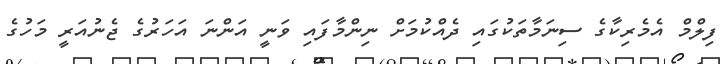
ފިލްމް އެމެރިކާގެ ސިނަމާތަކުގައި ދެއްކުމަށް ނިންމާފައި ވަނީ އަންނަ އަހަރުގެ ޖެނުއަރީ މަހުގެ